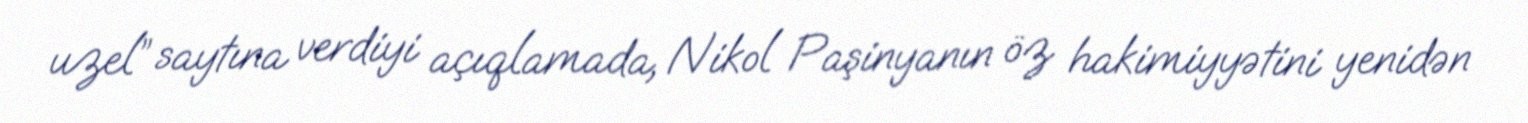
uzel” saytına verdiyi açıqlamada, Nikol Paşinyanın öz hakimiyyətini yenidən